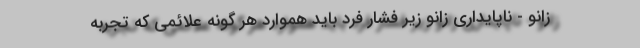
زانو - ناپایداری زانو زیر فشار فرد باید هموارد هر گونه علائمی که تجربه